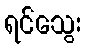
ရင်သွေး